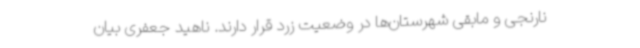
نارنجی و مابقی شهرستان‌ها در وضعیت زرد قرار دارند. ناهید جعفری بیان